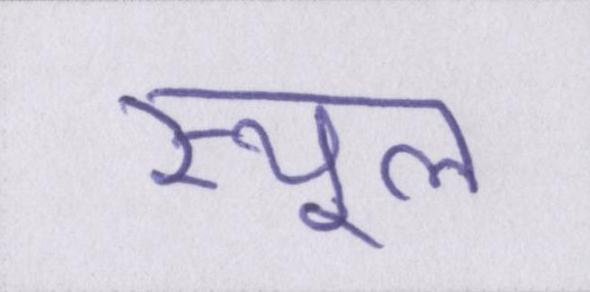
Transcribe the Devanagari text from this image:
स्थूल